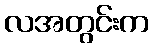
လအတွင်းက